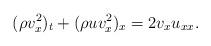
LaTeX: \begin{align*}(\rho v_x^2)_t+(\rho u v_x^2)_x=2v_x u_{xx}.\end{align*}